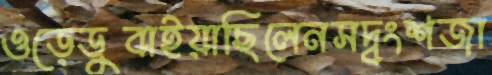
ওড়েডুবাইয়াছিলেনসদ্বংশজা